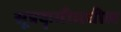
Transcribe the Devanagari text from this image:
सूत्रकृमीमधील